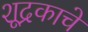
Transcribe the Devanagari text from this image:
शूद्रकाचे